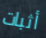
أثبات